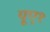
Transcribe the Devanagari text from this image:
यूए१